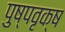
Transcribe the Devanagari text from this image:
पुष्पवृक्ष